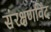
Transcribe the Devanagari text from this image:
संरक्षणविद